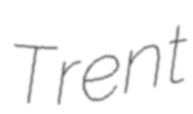
Trent